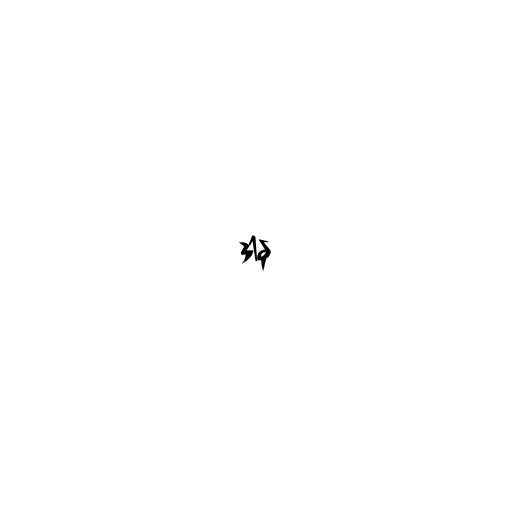
ဒါန